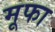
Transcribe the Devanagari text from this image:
मूफा